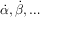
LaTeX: { \dot { \alpha } } , { \dot { \beta } } , \dots